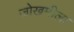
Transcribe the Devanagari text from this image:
जोखमीला